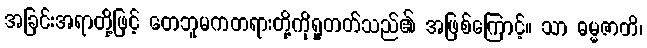
အခြင်းအရာတို့ဖြင့် တေဘူမကတရားတို့ကိုရှုတတ်သည်၏ အဖြစ်ကြောင့်။ သာ ဓမ္မဇာတိ၊